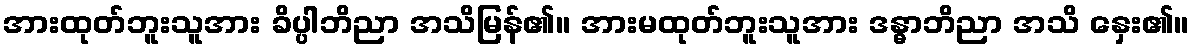
အားထုတ်ဘူးသူအား ခိပ္ပါဘိညာ အသိမြန်၏။ အားမထုတ်ဘူးသူအား ဒန္ဓာဘိညာ အသိ နှေး၏။